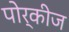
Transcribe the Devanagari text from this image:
पोर्कीज